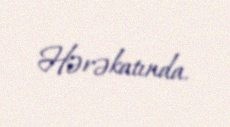
Hərəkatında.